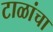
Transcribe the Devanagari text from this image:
टाळांचा